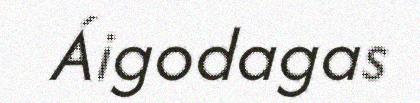
Áigodagas